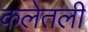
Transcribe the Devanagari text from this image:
कलेतली